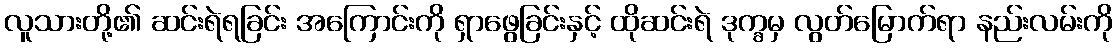
လူသားတို့၏ ဆင်းရဲရခြင်း အကြောင်းကို ရှာဖွေခြင်းနှင့် ထိုဆင်းရဲ ဒုက္ခမှ လွတ်မြောက်ရာ နည်းလမ်းကို